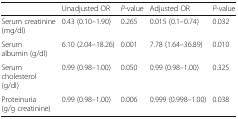
|  | Unadjusted OR | P-value | Adjusted OR | P-value |
 | --- | --- | --- | --- | --- |
 | Serum creatinine (mg/dl) | 0.43 (0.10–1.90) | 0.265 | 0.015 (0.1–0.74) | 0.032 |
 | Serum albumin (g/dl) | 6.10 (2.04–18.26) | 0.001 | 7.78 (1.64–36.89) | 0.010 |
 | Serum cholesterol (g/dl) | 0.99 (0.98–1.00) | 0.050 | 0.99 (0.98–1.00) | 0.325 |
 | Proteinuria (g/g creatinine) | 0.99 (0.98–1.00) | 0.006 | 0.999 (0.998–1.00) | 0.038 |